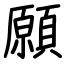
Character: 願